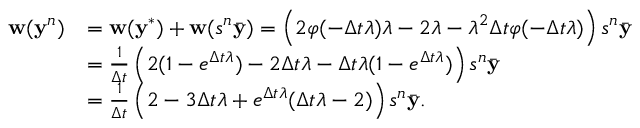
\begin{array} { r l } { \mathbf w ( \mathbf y ^ { n } ) } & { = \mathbf w ( \mathbf y ^ { * } ) + \mathbf w ( s ^ { n } \bar { \mathbf y } ) = \left( 2 \varphi ( - \Delta t \lambda ) \lambda - 2 \lambda - \lambda ^ { 2 } \Delta t \varphi ( - \Delta t \lambda ) \right) s ^ { n } \bar { \mathbf y } } \\ & { = \frac { 1 } { \Delta t } \left( 2 ( 1 - e ^ { \Delta t \lambda } ) - 2 \Delta t \lambda - \Delta t \lambda ( 1 - e ^ { \Delta t \lambda } ) \right) s ^ { n } \bar { \mathbf y } } \\ & { = \frac { 1 } { \Delta t } \left( 2 - 3 \Delta t \lambda + e ^ { \Delta t \lambda } ( \Delta t \lambda - 2 ) \right) s ^ { n } \bar { \mathbf y } . } \end{array}